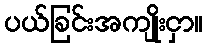
ပယ်ခြင်းအကျိုးငှာ။